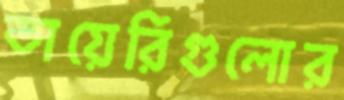
ডায়েরিগুলোর